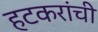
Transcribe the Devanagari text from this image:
हटकरांची